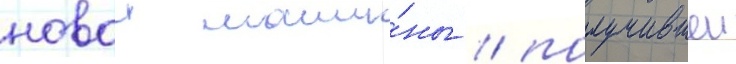
новои маши́ны / получившеи